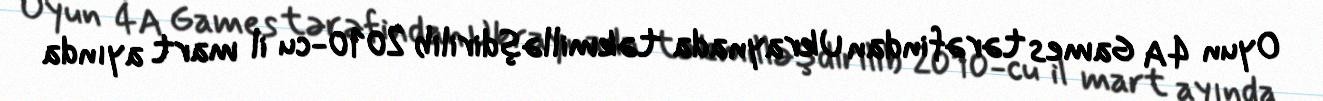
Oyun 4A Games tərəfindan Ukraynada təkmilləşdirilib 2010-cu il mart ayında